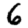
Digit: 6